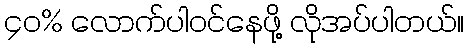
၄၀% လောက်ပါဝင်နေဖို့ လိုအပ်ပါတယ်။